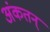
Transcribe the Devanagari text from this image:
अंकतन्